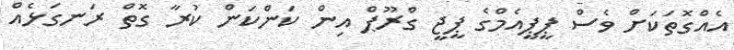
އެއްގޮތަކަށް ވެސް ޕީޕީއެމްގެ ޕީޖީ ގްރޫޕް އިން ކަންކަން ކުރާ ގޮތް ރަނގަޅެއް